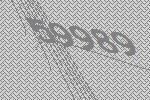
59989